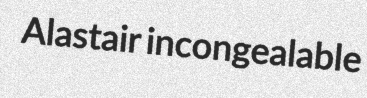
Alastair incongealable